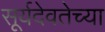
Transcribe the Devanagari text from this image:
सूर्यदेवतेच्या